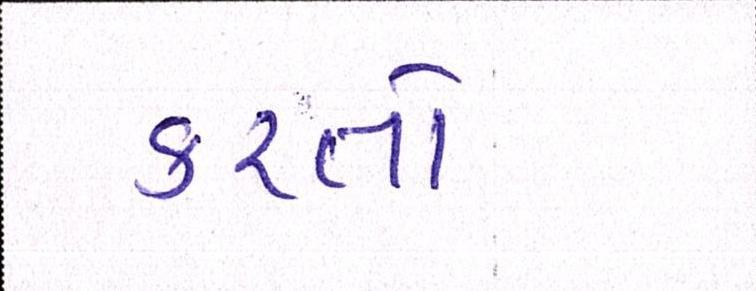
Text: કરતો